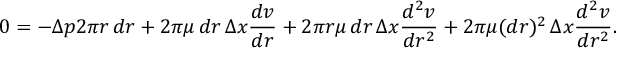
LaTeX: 0 = - \Delta p 2 \pi r \, d r + 2 \pi \mu \, d r \, \Delta x { \frac { d v } { d r } } + 2 \pi r \mu \, d r \, \Delta x { \frac { d ^ { 2 } v } { d r ^ { 2 } } } + 2 \pi \mu ( d r ) ^ { 2 } \, \Delta x { \frac { d ^ { 2 } v } { d r ^ { 2 } } } .